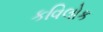
કવિલોક